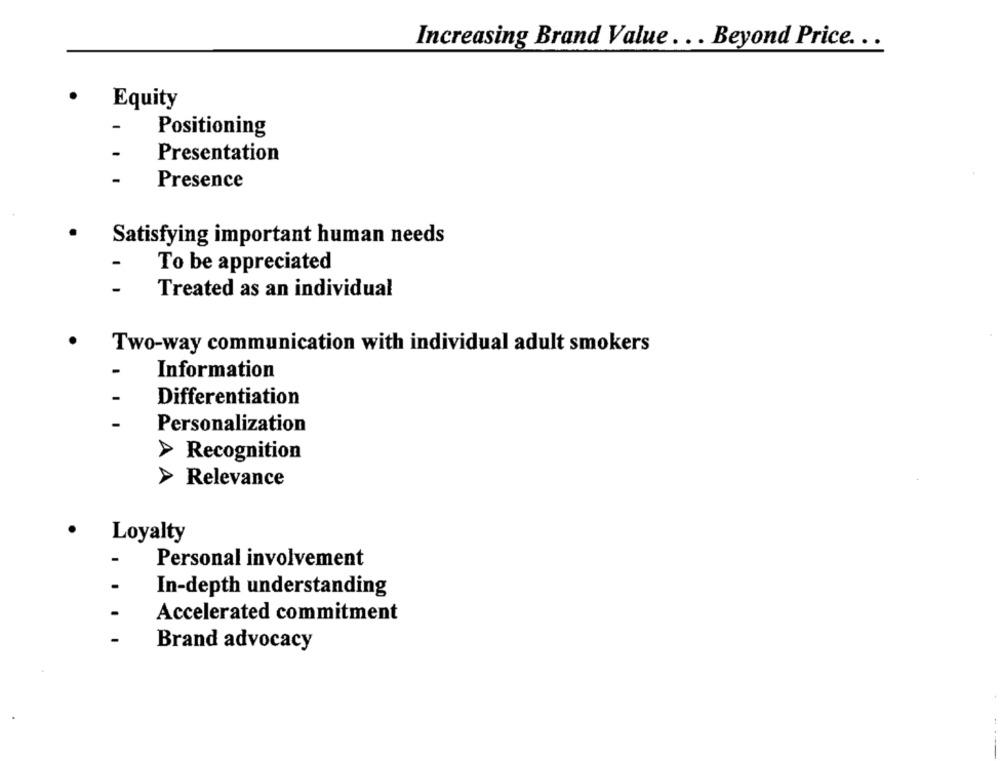
Increasing Brand Value ... Beyond Price ...
Equity
Positioning
Presentation
Presence
Satisfying important human needs
To be appreciated
-
Treated as an individual
Two-way communication with individual adult smokers
Information
-
Differentiation
Personalization
A
Recognition
Relevance
Loyalty
Personal involvement
In-depth understanding
Accelerated commitment
Brand advocacy